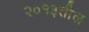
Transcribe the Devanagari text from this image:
२०१३तील